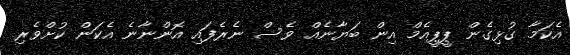
އެކަމާ ގުޅިގެން ޕީޕީއެމް އިން ބަޔާނެއް ވެސް ނެރެފައި އޮންނާނެ އެކަން ކުށްވެރި